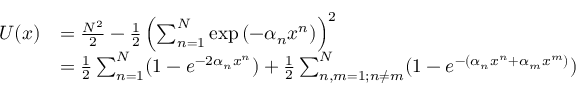
\begin{array} { r l } { U ( x ) } & { = \frac { N ^ { 2 } } { 2 } - \frac { 1 } { 2 } \left( \sum _ { n = 1 } ^ { N } \exp \left( - \alpha _ { n } x ^ { n } \right) \right) ^ { 2 } } \\ & { = \frac { 1 } { 2 } \sum _ { n = 1 } ^ { N } ( 1 - e ^ { - 2 \alpha _ { n } x ^ { n } } ) + \frac { 1 } { 2 } \sum _ { n , m = 1 ; n \neq m } ^ { N } ( 1 - e ^ { - ( \alpha _ { n } x ^ { n } + \alpha _ { m } x ^ { m } ) } ) } \end{array}